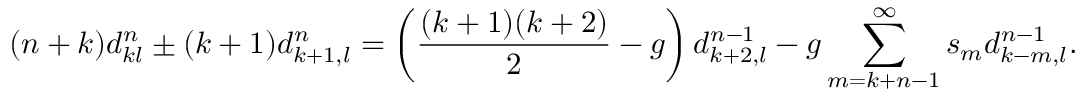
( n + k ) d _ { k l } ^ { n } \pm ( k + 1 ) d _ { k + 1 , l } ^ { n } = \left( \frac { ( k + 1 ) ( k + 2 ) } { 2 } - g \right) d _ { k + 2 , l } ^ { n - 1 } - g \sum _ { m = k + n - 1 } ^ { \infty } s _ { m } d _ { k - m , l } ^ { n - 1 } .